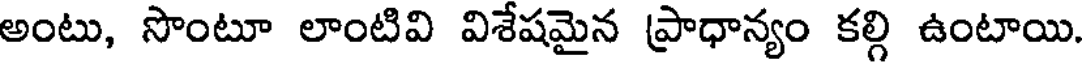
అంటు, సొంటూ లాంటివి విశేషమైన ప్రాధాన్యం కల్గి ఉంటాయి.